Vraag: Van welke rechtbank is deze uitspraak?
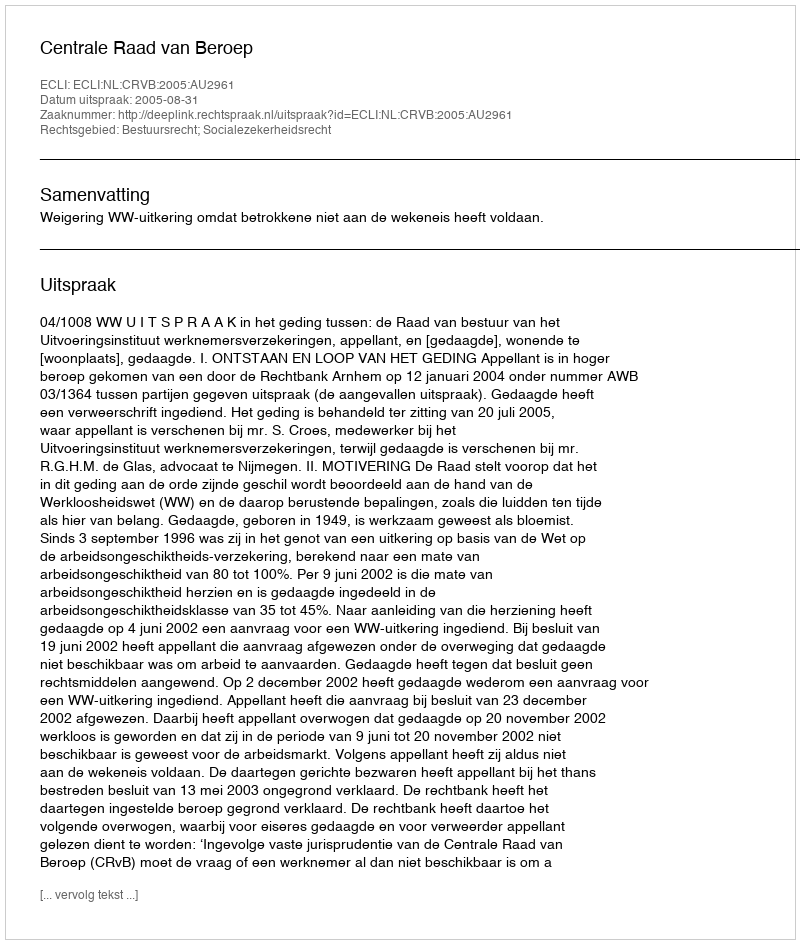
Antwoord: Centrale Raad van Beroep